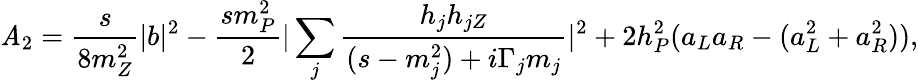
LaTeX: \mathit{A}_{2}=\frac{{s}}{{8m_{Z}^{2}}}|b|^{2}-\frac{{sm_{P}^{2}}}{{2}}|\sum_{j}\frac{{h_{j}h_{jZ}}}{{(s-m_{j}^{2})+i\Gamma_{j}m_{j}}}|^{2}+2h_{P}^{2}(a_{L}a_{R}-(a_{L}^{2}+a_{R}^{2})),